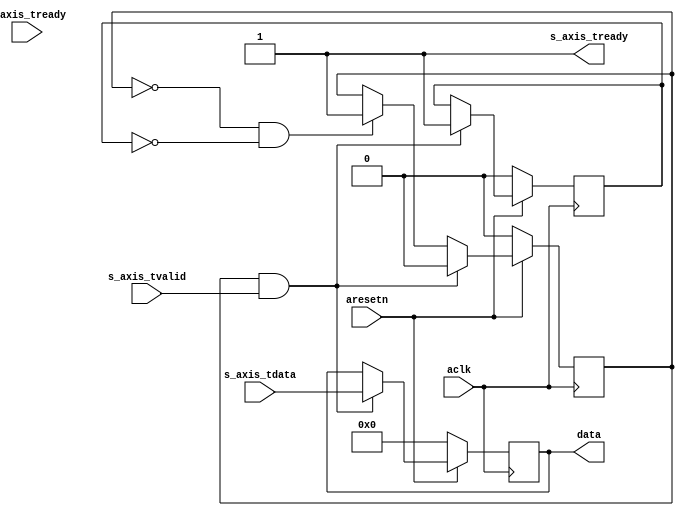
module axis_snapshot #
(
  parameter integer AXIS_TDATA_WIDTH = 32,
  parameter         ALWAYS_READY = "TRUE" 
)
(
  // System signals
  input  wire                        aclk,
  input  wire                        aresetn,

    // Slave side
  input wire [AXIS_TDATA_WIDTH-1:0] s_axis_tdata,
  input wire                        s_axis_tvalid,
  output wire                       s_axis_tready,
  
  
    // Master side
  input wire m_axis_tready,

  output wire [AXIS_TDATA_WIDTH-1:0] data 

 

);
 
reg [AXIS_TDATA_WIDTH-1:0] int_data_reg,int_data_reg_next;
reg int_enbl_reg, int_enbl_next, int_done, int_done_next;

always @(posedge aclk)
 begin
   if(~aresetn)
    begin
      int_data_reg <= {(AXIS_TDATA_WIDTH-1){1'b0}};
      int_enbl_reg <= 1'b0;
      int_done <= 1'b0;
    end
   else
    begin
      int_enbl_reg <= int_enbl_next;
      int_data_reg <= int_data_reg_next;
      int_done <= int_done_next;
    end		
 end

always @*
  begin
   int_data_reg_next =  int_data_reg;
   int_enbl_next = int_enbl_reg;
   int_done_next = int_done;
   if(~int_enbl_reg & ~ int_done)
     begin
       int_enbl_next = 1'b1;
     end
   if(int_enbl_reg & s_axis_tvalid)
     begin
       int_data_reg_next = s_axis_tdata;
       int_done_next = 1'b1;
       int_enbl_next = 1'b0;
     end		
  end

  generate
    if(ALWAYS_READY == "TRUE")
    begin : READY
      assign s_axis_tready = 1'b1;
    end
    else
    begin : BLOCKING
      assign s_axis_tready = m_axis_tready; 
    end
  endgenerate

  assign data = int_data_reg; 
endmodule